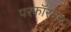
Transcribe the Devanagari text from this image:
परफॉरमर